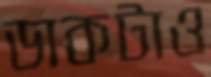
ডাকটাও